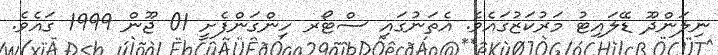
ނިލަންދޫ ޑޭލައިޓު މަރުކަޒުގައެވެ. އެތަނުގައި ސްޓޯރ ހިންގަންފެށީ 01 ޖޫން 1999 ގައެވެ.